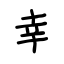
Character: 幸